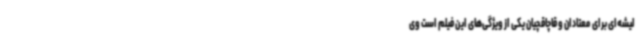
لیشه‌ای برای معتادان و قاچاقچیان یکی از ویژگی‌های این فیلم است وی